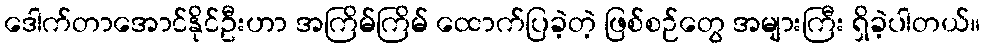
ဒေါက်တာအောင်နိုင်ဦးဟာ အကြိမ်ကြိမ် ထောက်ပြခဲ့တဲ့ ဖြစ်စဉ်တွေ အများကြီး ရှိခဲ့ပါတယ်။